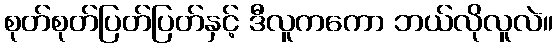
စုတ်စုတ်ပြတ်ပြတ်နှင့် ဒီလူကကော ဘယ်လိုလူလဲ။